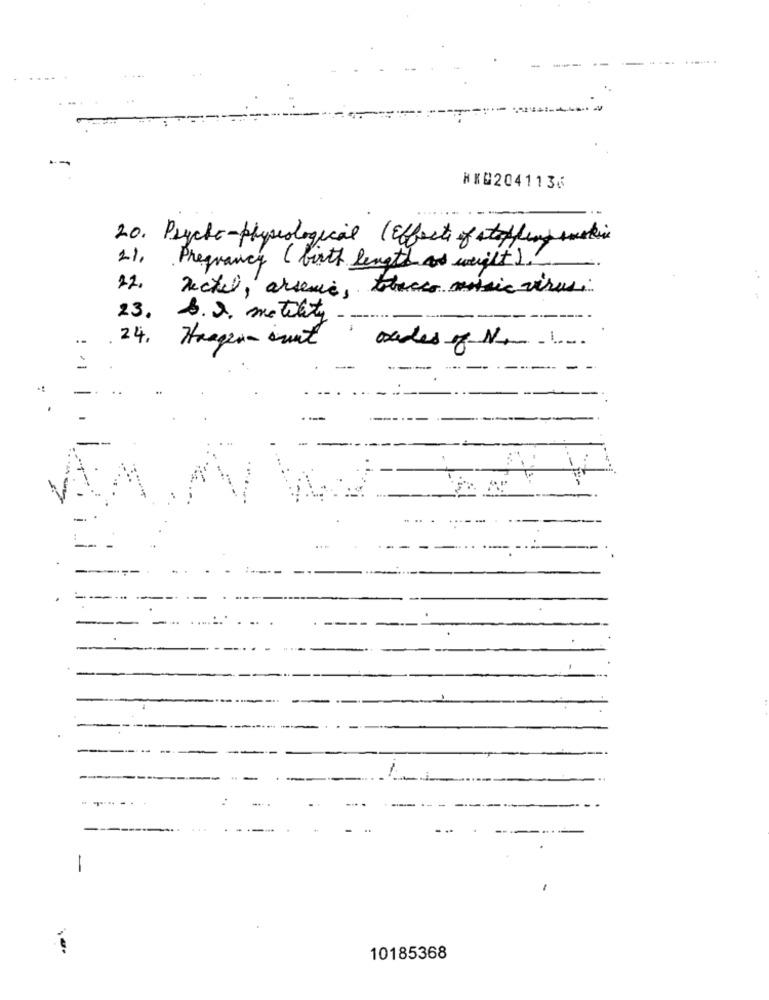
--
HX0204113⑆
20. Psycho-physiological (Effects of staffing smoking
21,
Pregrancy (birth length and weight ).
22.
Deckel, arsenic, tobacco mosaic virus.
23. S. a. motility
24.
!
orades of Non-
=
..
-
-
10185368